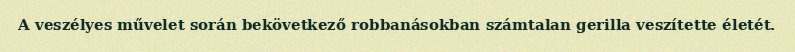
A veszélyes művelet során bekövetkező robbanásokban számtalan gerilla veszítette életét.